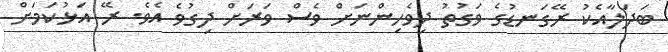
ބަދަލާއެކު ރޭގަނޑުގެ ވަގުތު ދިވެހިންނަށް ވެސް ވަރަށް ދިގުވެ އެވެ. ރޭ އަޅުކަމަށް